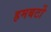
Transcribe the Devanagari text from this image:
हमबर्टो